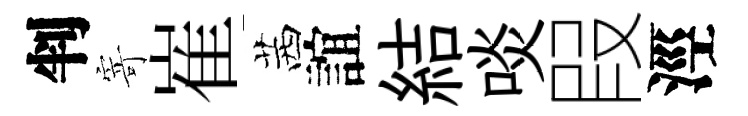
判寄崔茜誼結啖叚涇